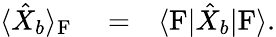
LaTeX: \begin{array}{rlr}{\langle\hat{X}_{b}\rangle_{\mathrm{F}}}&{{}=}&{\langle\mathrm{F}|\hat{X}_{b}|\mathrm{F}\rangle.}\end{array}